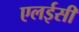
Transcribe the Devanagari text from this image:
एलईसी